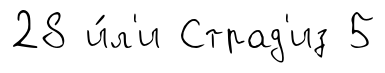
28 и́л'и Страд'из 5